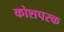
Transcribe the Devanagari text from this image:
कोशपरक